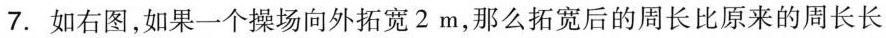
7.如右图，如果一个操场向外拓宽2m，那么拓宽后的周长比原来的周长长